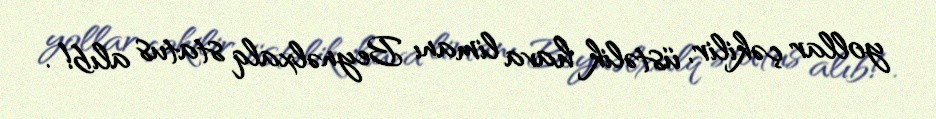
yollar çəkilir, üstəlik hava limanı Beynəlxalq status alıb!.